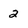
Character: 2